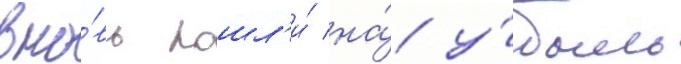
вно́вь пошл'и́ на́ у́быль